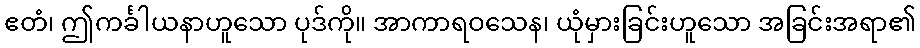
ဧတံ၊ ဤကင်္ခါယနာဟူသော ပုဒ်ကို။ အာကာရဝသေန၊ ယုံမှားခြင်းဟူသော အခြင်းအရာ၏